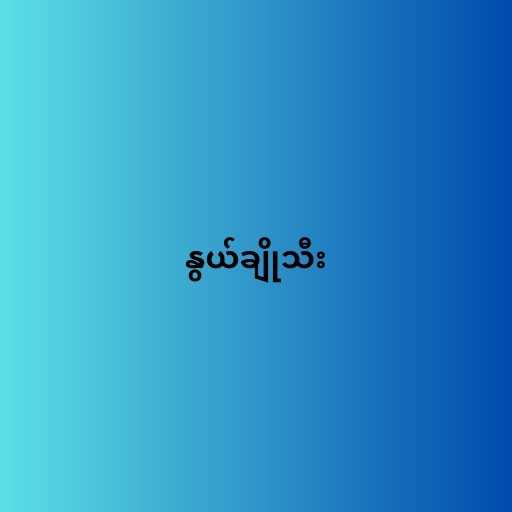
နွယ်ချိုသီး